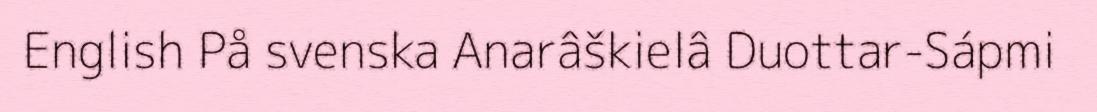
English På svenska Anarâškielâ Duottar-Sápmi